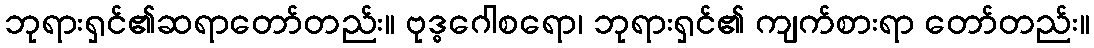
ဘုရားရှင်၏ဆရာတော်တည်း။ ဗုဒ္ဓဂေါစရော၊ ဘုရားရှင်၏ ကျက်စားရာ တော်တည်း။